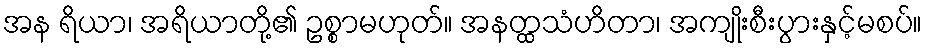
အန ရိယာ၊ အရိယာတို့၏ ဥစ္စာမဟုတ်။ အနတ္ထသံဟိတာ၊ အကျိုးစီးပွားနှင့်မစပ်။